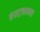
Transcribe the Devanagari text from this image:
कंसट्रक्शनल